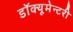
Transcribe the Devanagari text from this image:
डॉक्यूमेन्टरी